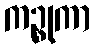
ကဉ္စုကာ